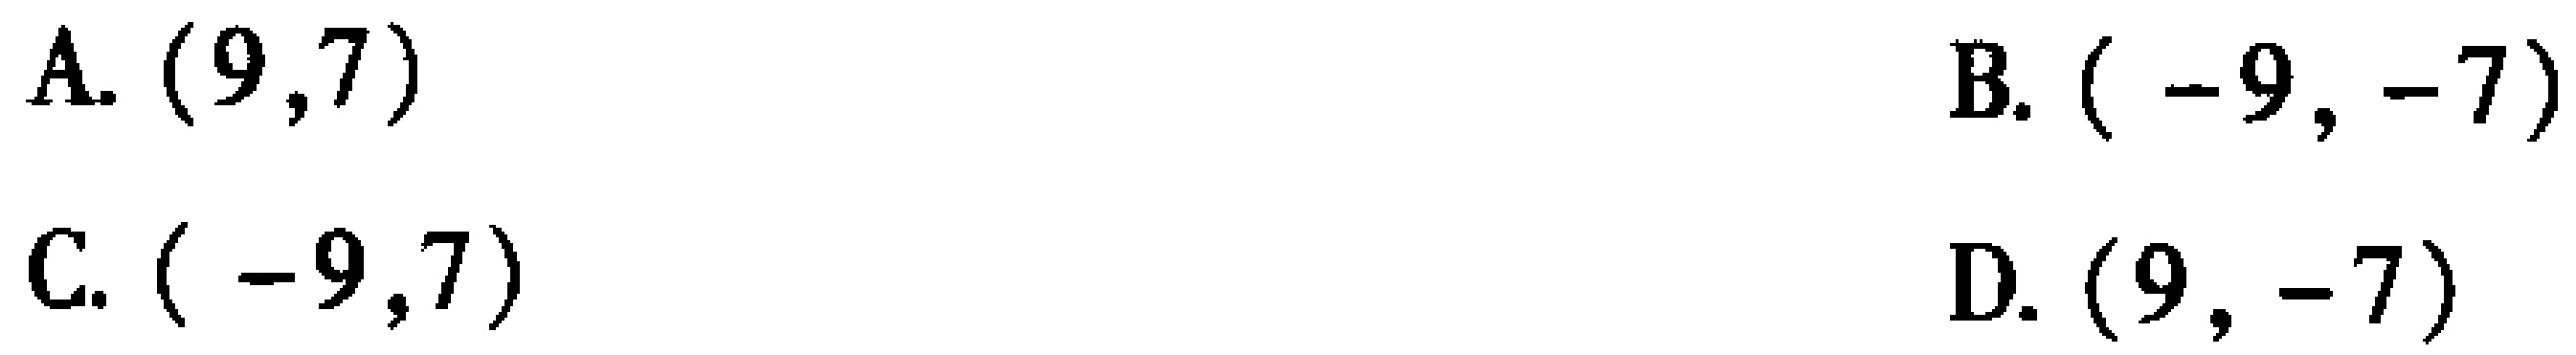
A. \((9,7)\)
B. \((-9,-7)\)
C. \((-9,7)\)
D. \((9,-7)\)